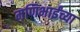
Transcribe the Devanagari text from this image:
मणिभाईंच्या